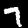
Label: 7